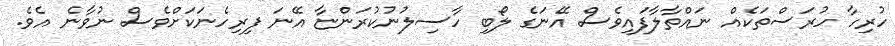
ހުރިހާ ހުރަސްތަކެއް ނައްތާލާފައިވެސް އޭނަގެ ލޯބި ހާސިލުނުކުރަންޏާ އޭނަ ފިރިހެނަކަށްވެސް ނުވާނެ އެވެ.